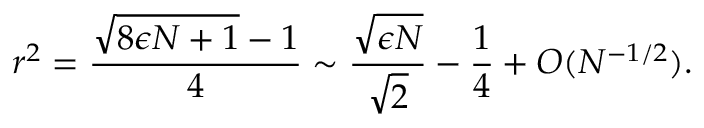
r ^ { 2 } = \frac { \sqrt { 8 \epsilon N + 1 } - 1 } { 4 } \sim \frac { \sqrt { \epsilon N } } { \sqrt { 2 } } - \frac { 1 } { 4 } + { \cal O } ( N ^ { - 1 / 2 } ) .